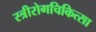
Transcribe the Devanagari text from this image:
स्त्रीरोगचिकित्सा